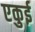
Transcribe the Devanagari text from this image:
एकुई